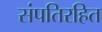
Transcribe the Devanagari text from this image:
संपतिरहित